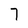
Character: 7